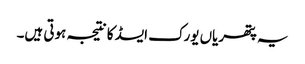
یہ پتھریاں یورک ایسڈ کا نتیجہ ہوتی ہیں۔